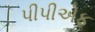
પીપીએફ